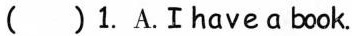
( )1.A.Ihaveαbook.